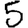
Digit: 5